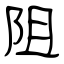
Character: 阻